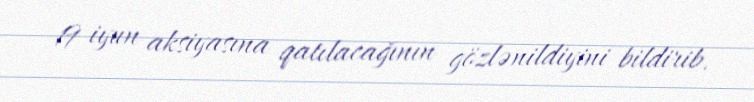
19 iyun aksiyasına qatılacağının gözlənildiyini bildirib.